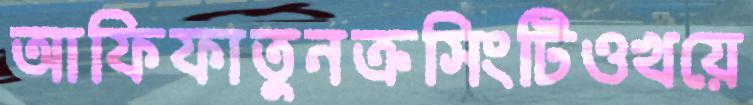
আফিফাতুনক্রসিংটিওখয়ে